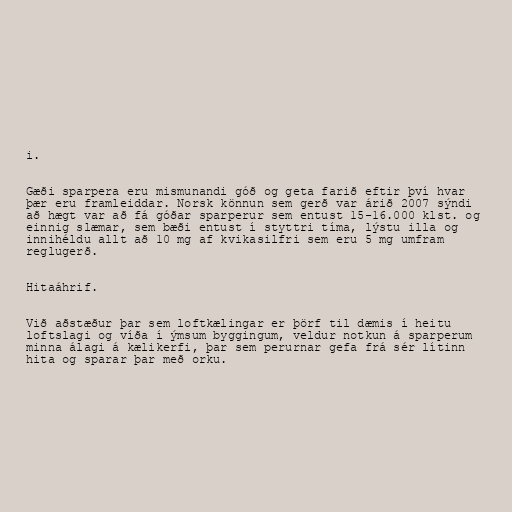
i.

Gæði sparpera eru mismunandi góð og geta farið eftir því hvar
þær eru framleiddar. Norsk könnun sem gerð var árið 2007 sýndi
að hægt var að fá góðar sparperur sem entust 15-16.000 klst. og
einnig slæmar, sem bæði entust í styttri tíma, lýstu illa og
innihéldu allt að 10 mg af kvikasilfri sem eru 5 mg umfram
reglugerð.

Hitaáhrif.

Við aðstæður þar sem loftkælingar er þörf til dæmis í heitu
loftslagi og víða í ýmsum byggingum, veldur notkun á sparperum
minna álagi á kælikerfi, þar sem perurnar gefa frá sér lítinn
hita og sparar þar með orku.